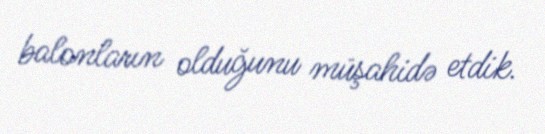
balonların olduğunu müşahidə etdik.